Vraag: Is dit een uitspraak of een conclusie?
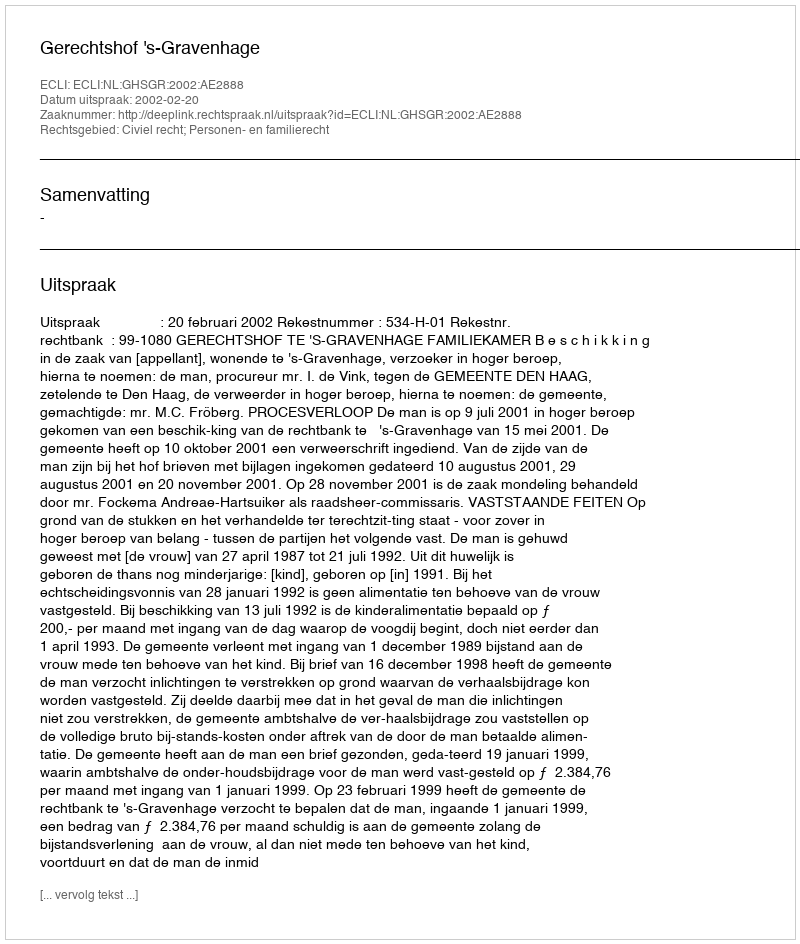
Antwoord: Uitspraak